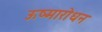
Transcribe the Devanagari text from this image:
ऊष्मारोधन